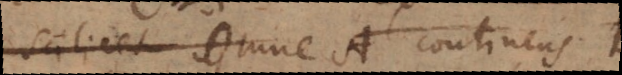
scilicet Omne A continens B